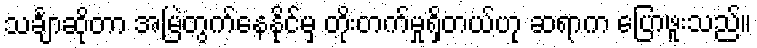
သင်္ချာဆိုတာ အမြဲတွက်နေနိုင်မှ တိုးတက်မှုရှိတယ်ဟု ဆရာက ပြောဖူးသည်။